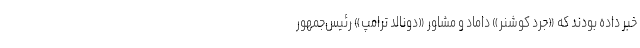
خبر داده بودند که «جرد کوشنر» داماد و مشاور «دونالد ترامپ» رئیس‌جمهور